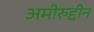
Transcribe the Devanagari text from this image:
अमीरुद्दीन